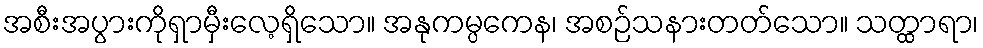
အစီးအပွားကိုရှာမှီးလေ့ရှိသော။ အနုကမ္ပကေန၊ အစဉ်သနားတတ်သော။ သတ္ထာရာ၊